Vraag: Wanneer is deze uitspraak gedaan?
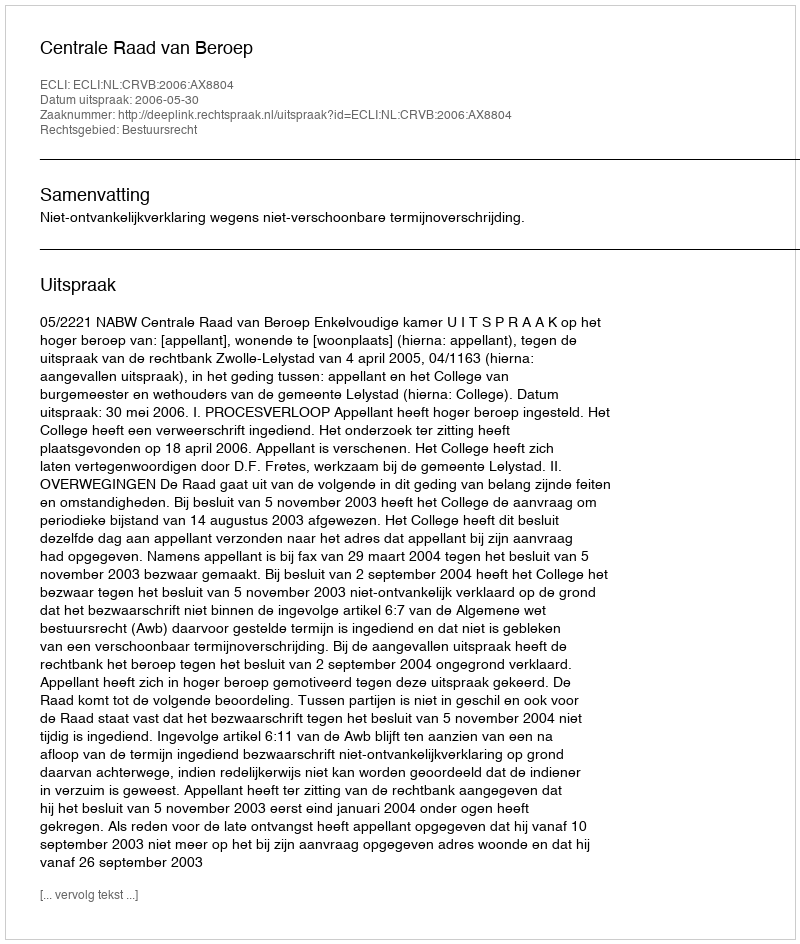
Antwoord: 2006-05-30